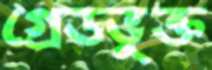
গ্রেডভুক্ত